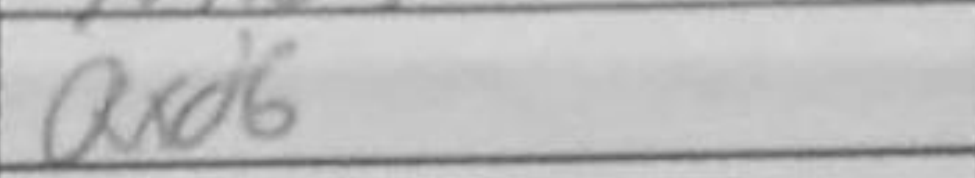
Transcription: Qxd6